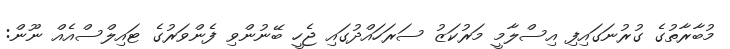
މުބާރާތުގެ ގުރުނަގައިފި އިސްލާމީ މަރުކަޒު ސަރަހައްދުގައި ޖެހީ ބޭނުންވި ފެންވަރުގެ ޓައިލްސްއެއް ނޫން: